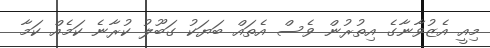
މިއީ އެޒުވާނާގެ އިތުރުން ވެސް އެތައް ބަޔަކު ގަބޫލު ކުރާނެ ކަމެއް ކަމާ